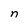
Character: n